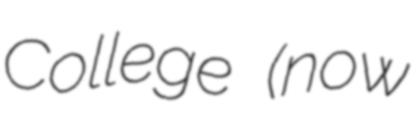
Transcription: College (now